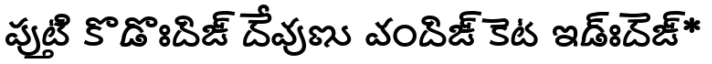
పుట్తి కొడొఃదిఙ్ దేవుణు వందిఙ్ కెట ఇడ్ఃదెఙ్*